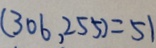
( 3 0 6 , 2 5 5 ) = 5 1